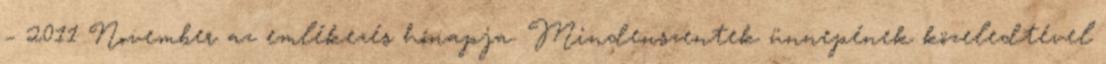
– 2011 November az emlékezés hónapja. Mindenszentek ünnepének közeledtével